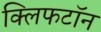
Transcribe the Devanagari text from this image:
क्लिफटॉन